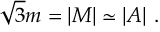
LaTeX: \sqrt 3 m = | M | \simeq | A | \ .